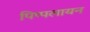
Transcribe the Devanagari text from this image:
पिप्पलायन